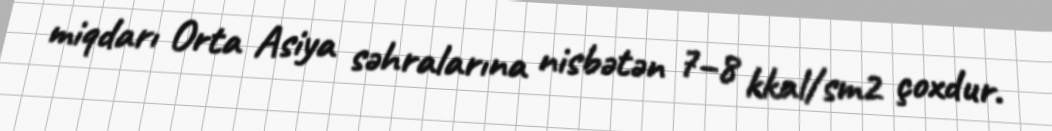
miqdarı Orta Asiya səhralarına nisbətən 7–8 kkal/sm2 çoxdur.